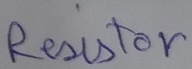
Text: Resistor